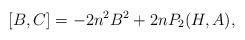
LaTeX: \begin{align*} [B,C]=-2n^{2} B^{2} +2 n P_{2}(H,A), \end{align*}